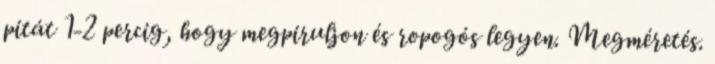
pitát 1-2 percig, hogy megpiruljon és ropogós legyen. Megméretés.